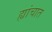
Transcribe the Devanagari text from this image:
ह्यांचात